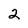
Character: 2